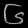
Digit: ၆